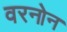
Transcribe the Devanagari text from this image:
वरनोन